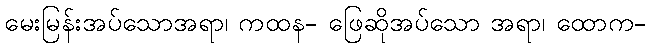
မေးမြန်းအပ်သောအရာ၊ ကထန- ဖြေဆိုအပ်သော အရာ၊ ထောက-